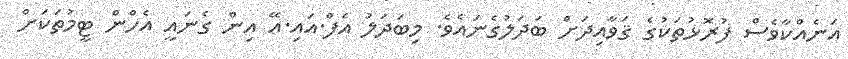
އަނެއްކާވެސް ފުރޮޅުތަކުގެ ޤަވާއިދަށް ބަދަލުގެނައެވެ. މިބަދަލު އެފް.އައި.އޭ އިން ގެނައީ އެހްން ޓީމުތަކަށް